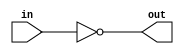
module top_module( input in, output out );
  assign out = ~in; // ~:bitwise not and !: logical not
endmodule